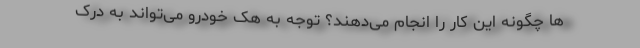
ها چگونه این کار را انجام می‌دهند؟ توجه به هک خودرو می‌تواند به درک